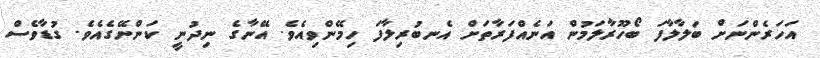
އަހަރެންނަށް ބަލާލާފަ ބޯހޫރާލަމުން އަނެއްފަރާތަށް އެނބުރިލާފަ ހިމޭންވިއެވެ. އޭނާގެ ނިދުނީ ކަންނޭގެއެވެ. ގުޑާވެސް